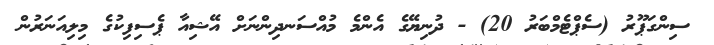
ސިންގަޕޫރު (ސެޕްޓެމްބަރު 20) - ދުނިޔޭގެ އެންމެ މުއްސަނދިންނަށް އޭޝިއާ ޕެސިފިކުގެ މިލިއަނަރުން